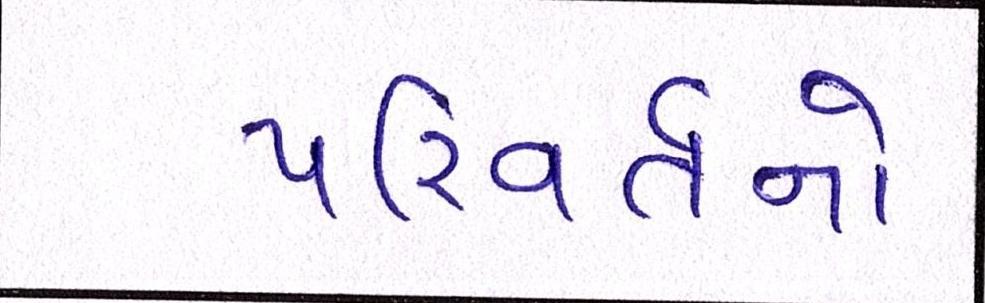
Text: પરિવર્તનો